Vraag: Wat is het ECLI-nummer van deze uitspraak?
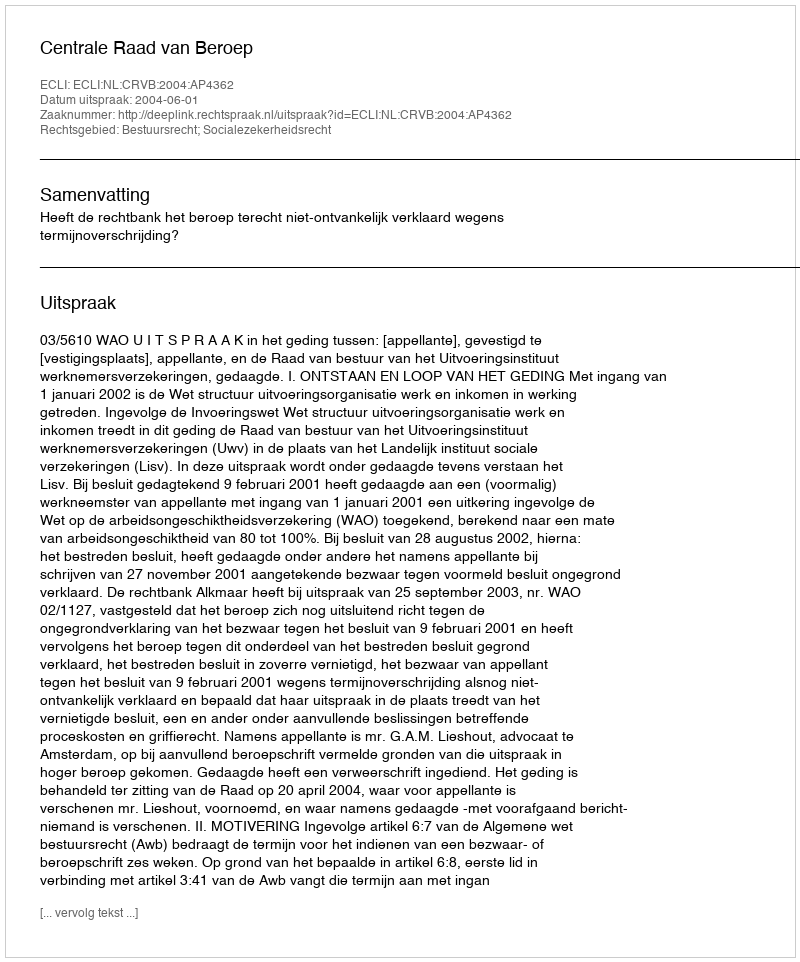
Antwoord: ECLI:NL:CRVB:2004:AP4362